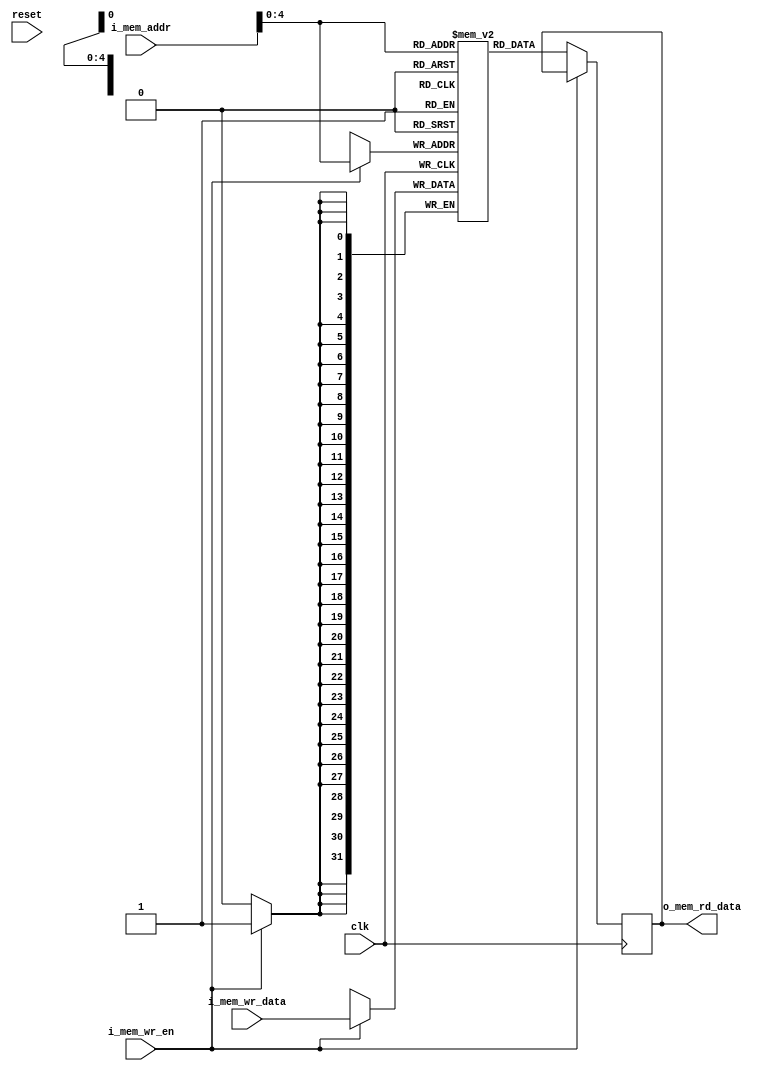
module memory #(
  parameter DATA_WIDTH_P = 32,
  parameter DATA_ADDR_WIDTH_P = 32
)(
  input wire clk,
  input wire reset,
  input wire i_mem_wr_en,
  input wire [DATA_ADDR_WIDTH_P-1:0] i_mem_addr,
  input wire [DATA_WIDTH_P-1:0]      i_mem_wr_data,
  output wire [DATA_WIDTH_P-1:0]     o_mem_rd_data);

  reg [DATA_WIDTH_P-1:0] memory [DATA_ADDR_WIDTH_P-1:0];
  reg [DATA_WIDTH_P-1:0] rd_data;

  always @(posedge clk ) begin
    if (i_mem_wr_en) begin
      memory[i_mem_addr] <= i_mem_wr_data;
    end else begin
      rd_data <= memory[i_mem_addr];
    end;
  end

  assign o_mem_rd_data = rd_data;

endmodule